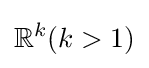
\mathbb {R} ^{k}(k>1)